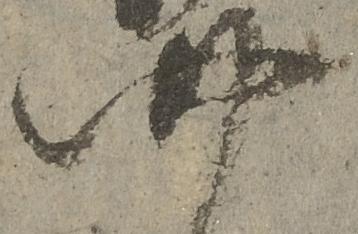
四